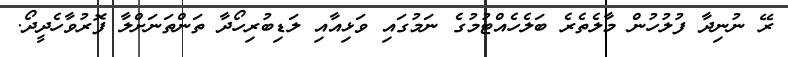
ރޭ ނުނިދާ ފުލުހުން މާލެތެރެ ބަލެހެއްޓުމުގެ ނަމުގައި ވަޅިއާއި ލަޑިބުރިހޯދާ ތަންތަނަށްލާ ފޮރުވާހެދީދޯ.